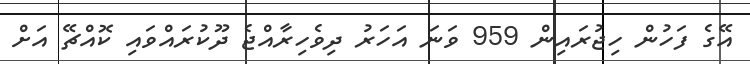
އޭގެ ފަހުން ހިޖުރައިން 959 ވަނަ އަހަރު ދިވެހިރާއްޖެ ދޫކުރައްވައި ކޮއްޗޭ އަށް